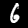
Digit: 6